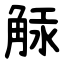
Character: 觨